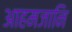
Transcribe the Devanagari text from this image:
आहमजानि